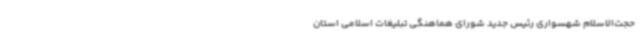
حجت‌الاسلام شهسواری رئیس جدید شورای هماهنگی تبلیغات اسلامی استان